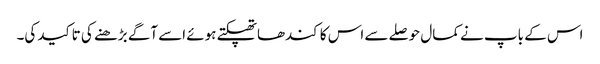
اس کے باپ نے کمال حوصلے سے اس کا کندھاتھپکتے ہوئے اسے آگے بڑھنے کی تاکید کی۔